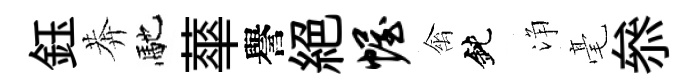
鈺莾馳蕐譽絶幄禽鈍浄毫叅